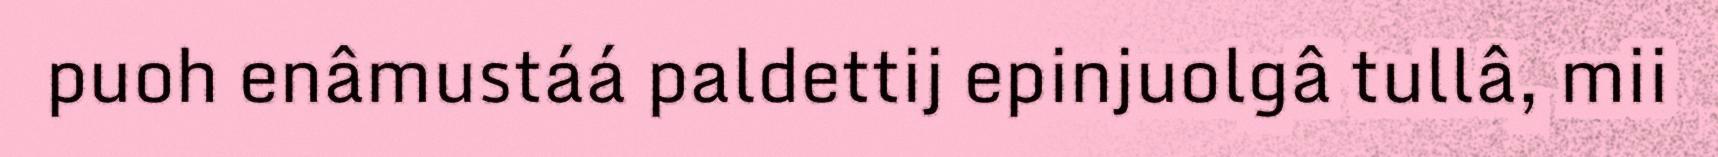
puoh enâmustáá paldettij epinjuolgâ tullâ, mii